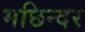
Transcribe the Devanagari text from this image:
मछिन्दर